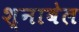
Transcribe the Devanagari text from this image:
श्नाबेल